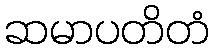
ဆမာပတိတံ